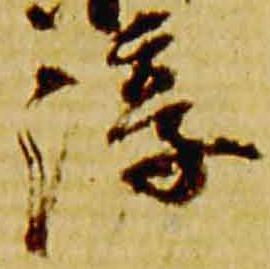
淳